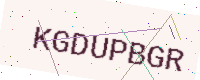
Text: KGDUPBGR